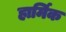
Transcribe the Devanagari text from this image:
हार्मिक